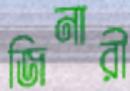
জিনারী